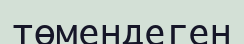
төмендеген